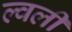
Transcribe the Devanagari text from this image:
ल्वली